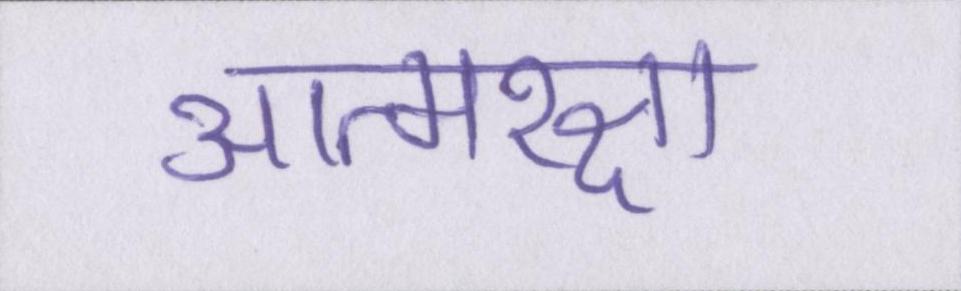
आत्मरक्षा